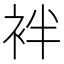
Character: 袢